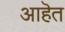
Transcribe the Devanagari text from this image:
आहॆत